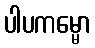
ပါပကမ္မော